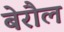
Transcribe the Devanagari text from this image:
बेरौल